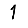
Digit: 1